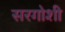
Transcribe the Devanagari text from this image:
सरगोशी